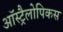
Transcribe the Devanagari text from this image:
ऑस्ट्रैलोपिकस